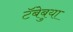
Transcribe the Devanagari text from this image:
टॅबेबुया